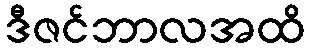
ဒီဇင်ဘာလအထိ